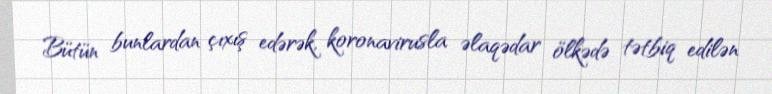
Bütün bunlardan çıxış edərək, koronavirusla əlaqədar ölkədə tətbiq edilən